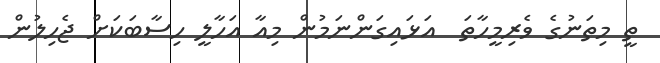
ތީ މިތަނުގެ ވެރިމީހާތަ  އަޅައިގަންނަމުން މިއާ އަހާލީ ހިސާބަކަށް ޖެހިލުން